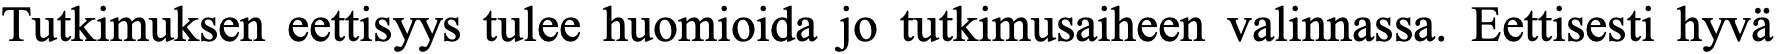
Tutkimuksen eettisyys tulee huomioida jo tutkimusaiheen valinnassa. Eettisesti hyvä